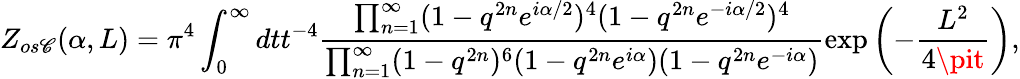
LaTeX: Z_{os\mathscr{C}}(\alpha,L)=\pi^{4}\int_{0}^{\infty}dtt^{-4}\frac{{\prod_{n=1}^{\infty}(1-q^{2n}e^{i\alpha/2})^{4}(1-q^{2n}e^{-i\alpha/2})^{4}}}{{\prod_{n=1}^{\infty}(1-q^{2n})^{6}(1-q^{2n}e^{i\alpha})(1-q^{2n}e^{-i\alpha})}}\exp\left(-{\frac{{L^{2}}}{{4\pit}}}\right),